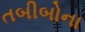
તબીબોના